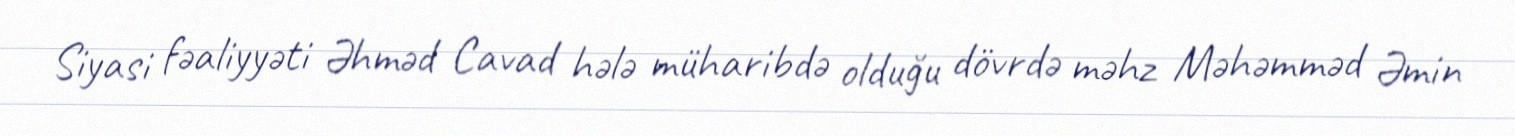
Siyasi fəaliyyəti Əhməd Cavad hələ müharibdə olduğu dövrdə məhz Məhəmməd Əmin